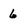
Character: 6